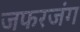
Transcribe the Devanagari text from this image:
जफरजंग